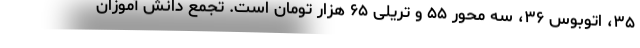
۳۵، اتوبوس ۳۶، سه محور ۵۵ و تریلی ۶۵ هزار تومان است. تجمع دانش آموزان